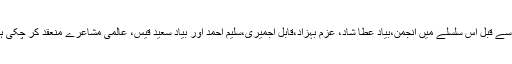
آج سے قبل اس سلسلے میں انجمن،بیادِ عطا شاد، عزم بہزاد،قابل اجمیری،سلیم احمد اور بیادِ سعید قیس، عالمی مشاعرے منعقد کر چکی ہے۔